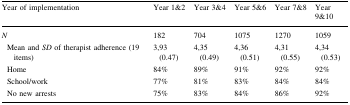
<table><thead><tr><td><b>Year of implementation</b></td><td><b>Year 1&amp;2</b></td><td><b>Year 3&amp;4</b></td><td><b>Year 5&amp;6</b></td><td><b>Year 7&amp;8</b></td><td><b>Year 9&amp;10</b></td></tr></thead><tbody><tr><td><i>N</i></td><td>182</td><td>704</td><td>1075</td><td>1270</td><td>1059</td></tr><tr><td> Mean and <i>SD</i> of therapist adherence (19 items)</td><td>3,93 (0.47)</td><td>4,35 (0.49)</td><td>4,36 (0.51)</td><td>4,31 (0.55)</td><td>4,34 (0.53)</td></tr><tr><td> Home</td><td>84%</td><td>89%</td><td>91%</td><td>92%</td><td>92%</td></tr><tr><td> School/work</td><td>77%</td><td>81%</td><td>83%</td><td>84%</td><td>84%</td></tr><tr><td> No new arrests</td><td>75%</td><td>83%</td><td>84%</td><td>86%</td><td>92%</td></tr></tbody></table>